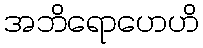
အဘိရောဟေဟိ